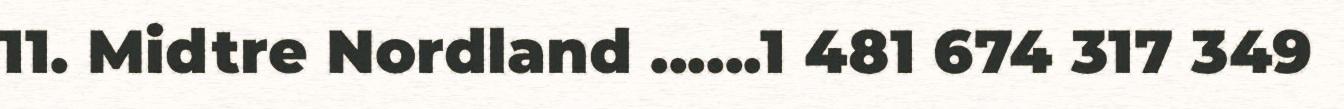
11. Midtre Nordland ......1 481 674 317 349